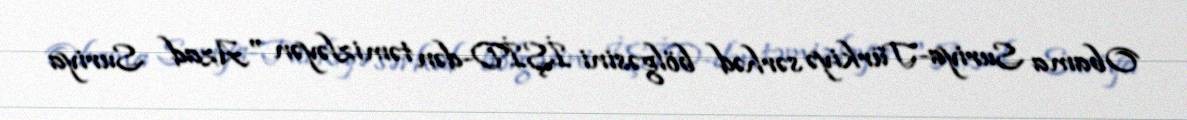
Obama Suriya-Türkiyə sərhəd bölgəsini İŞİD-dən təmizləyən "Azad Suriya